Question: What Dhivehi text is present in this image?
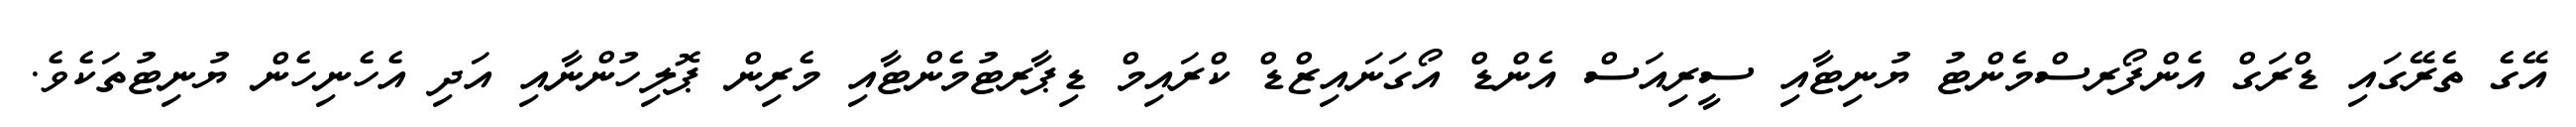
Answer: އޭގެ ތެރޭގައި ޑްރަގް އެންފޯރސްމެންޓު ޔުނިޓާއި ސީރިއަސް އެންޑް އޯގަނައިޒްޑް ކްރައިމް ޑިޕާރޓުމެންޓާއި މެރިން ޕޮލިހުންނާއި އަދި އެހެނިހެން ޔުނިޓުތަކެވެ.